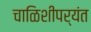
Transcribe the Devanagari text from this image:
चाळिशीपर्यंत